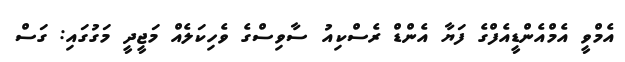
އެމްވީ އެމްއެންޑީއެފްގެ ފަޔާ އެންޑް ރެސްކިއު ސާވިސްގެ ވެހިކަލެއް މަޖީދީ މަގުގައި: ގަސް